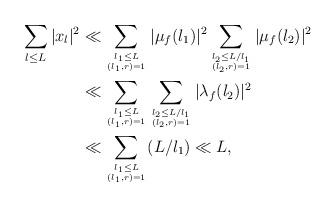
LaTeX: \begin{align*} \sum_{\l \leq L} \vert x_{\l}\vert^2& \ll \sum_{\l_1\leq L\atop (\l_1,r) =1} \vert \mu_f (\l_1)\vert^2 \sum_{\l_2 \leq L/\l_1\atop (\l_2, r) =1}\vert \mu_f (\l_2)\vert^2\\ & \ll \sum_{\l_1\leq L\atop (\l_1,r) =1} \sum_{\l_2 \leq L/\l_1\atop (\l_2, r) =1}\vert \lambda_f (\l_2)\vert^2\\ &\ll \sum_{\l_1\leq L\atop (\l_1,r) =1} (L/\l_1) \ll L, \end{align*}